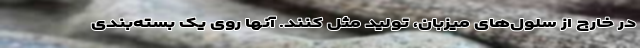
در خارج از سلول‌های میزبان، تولید ‌مثل کنند. آنها روی یک بسته‌بندی